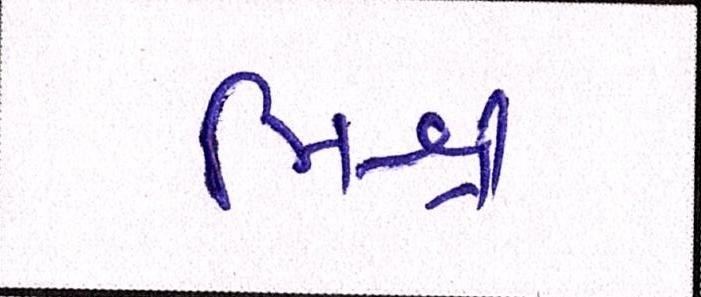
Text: મિશ્ર